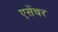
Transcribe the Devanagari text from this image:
एसेंचर